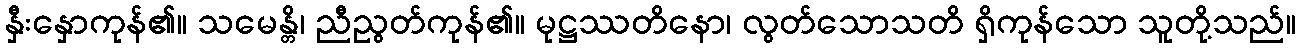
နှီးနှောကုန်၏။ သမေန္တိ၊ ညီညွတ်ကုန်၏။ မုဋ္ဌဿတိနော၊ လွတ်သောသတိ ရှိကုန်သော သူတို့သည်။